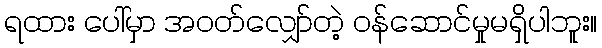
ရထား ပေါ်မှာ အဝတ်လျှော်တဲ့ ဝန်ဆောင်မှုမရှိပါဘူး။